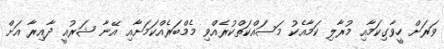
ވަރަށް ހީވާގިކަމާއި މުރާލި ކަމާއެކު މަސައްކަތްކުރެއްވި މެމްބަރެއްކަމަށާއި އޭނާ ޝަރުއީ ދާއިރާ އަށް